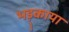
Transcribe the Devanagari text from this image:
भड़्काया